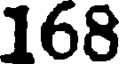
168